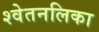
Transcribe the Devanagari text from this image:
श्वेतनलिका